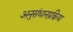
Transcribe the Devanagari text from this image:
अनुसंधानप्रक्रिया